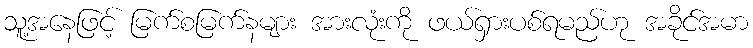
သူ့အနေဖြင့် မြက်စမြက်နများ အားလုံးကို ဖယ်ရှားပစ်ရမည်ဟု အခိုင်အမာ